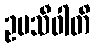
ဥပသီဝါတိ